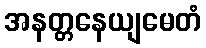
အနတ္တနေယျမေတံ